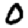
Digit: 0